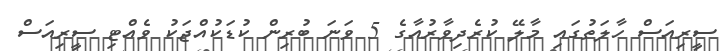
ސީރިއަސް ހާލަތުގައި މާލޭ ކުރެދިވާރުއާގެ 5 ވަނަ ބުރިން ކުޑަކުއްޖަކު ވެއްޓި ސީރިއަސް